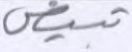
تبيض